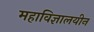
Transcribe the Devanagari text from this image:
महाविज्ञालयीन